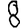
Digit: 8